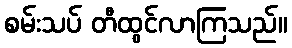
စမ်းသပ် တီထွင်လာကြသည်။